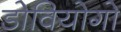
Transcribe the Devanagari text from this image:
डोवियोगो